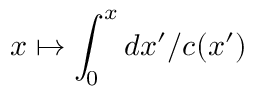
x \mapsto \int _ { 0 } ^ { x } d x ^ { \prime } / c ( x ^ { \prime } )